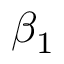
\beta _ { 1 }